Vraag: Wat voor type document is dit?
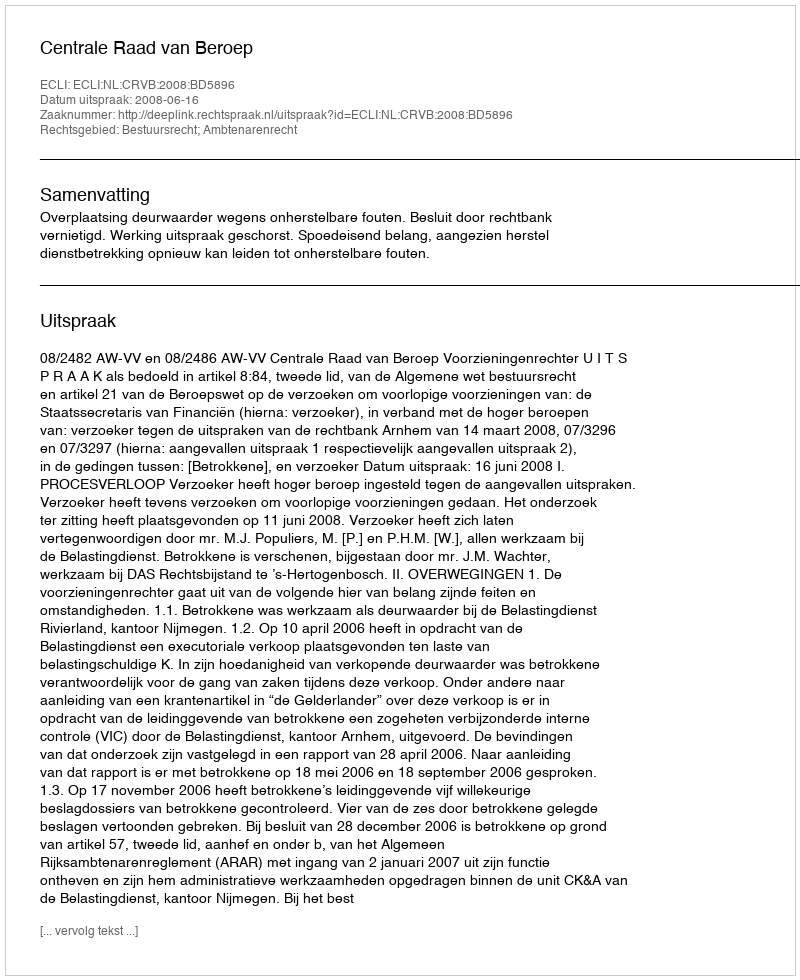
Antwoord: Uitspraak